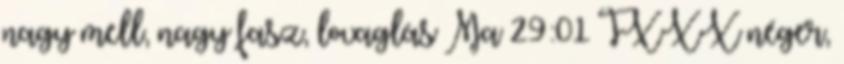
nagy mell, nagy fasz, lovaglás Ma 29:01 TXXX néger,